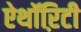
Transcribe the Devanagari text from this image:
ऐथॉऱिटी